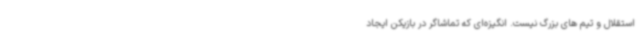
استقلال و تیم های بزرگ نیست. انگیزه‌ای که تماشاگر در بازیکن ایجاد